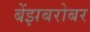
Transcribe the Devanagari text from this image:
बेंझबरोबर